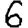
Digit: 6